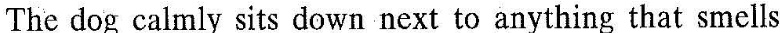
The dog calmly sits down next to anything that smells